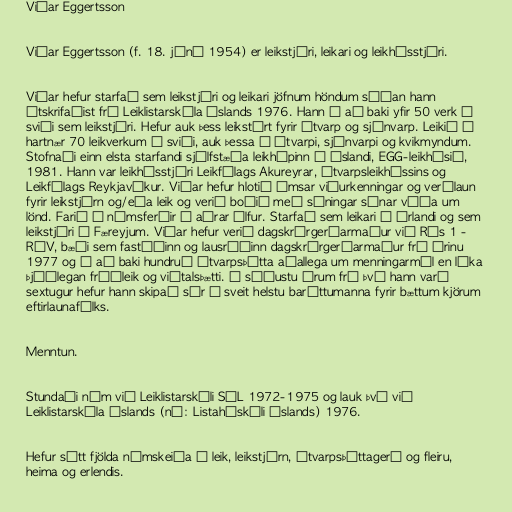
Viðar Eggertsson

Viðar Eggertsson (f. 18. júní 1954) er leikstjóri, leikari og leikhússtjóri.

Viðar hefur starfað sem leikstjóri og leikari jöfnum höndum síðan hann
útskrifaðist frá Leiklistarskóla Íslands 1976. Hann á að baki yfir 50 verk á
sviði sem leikstjóri. Hefur auk þess leikstýrt fyrir útvarp og sjónvarp. Leikið í
hartnær 70 leikverkum á sviði, auk þessa í útvarpi, sjónvarpi og kvikmyndum.
Stofnaði einn elsta starfandi sjálfstæða leikhópinn á Íslandi, EGG-leikhúsið,
1981. Hann var leikhússtjóri Leikfélags Akureyrar, Útvarpsleikhússins og
Leikfélags Reykjavíkur. Viðar hefur hlotið ýmsar viðurkenningar og verðlaun
fyrir leikstjórn og/eða leik og verið boðið með sýningar sínar víða um
lönd. Farið í námsferðir í aðrar álfur. Starfað sem leikari á Írlandi og sem
leikstjóri í Færeyjum. Viðar hefur verið dagskrárgerðarmaður við Rás 1 -
RÚV, bæði sem fastáðinn og lausráðinn dagskrárgerðarmaður frá árinu
1977 og á að baki hundruð útvarpsþátta aðallega um menningarmál en líka
þjóðlegan fróðleik og viðtalsþætti. Á síðustu árum frá því hann varð
sextugur hefur hann skipað sér í sveit helstu baráttumanna fyrir bættum kjörum
eftirlaunafólks.

Menntun.

Stundaði nám við Leiklistarskóli SÁL 1972-1975 og lauk því við
Leiklistarskóla Íslands (nú: Listaháskóli Íslands) 1976.

Hefur sótt fjölda námskeiða í leik, leikstjórn, útvarpsþáttagerð og fleiru,
heima og erlendis.